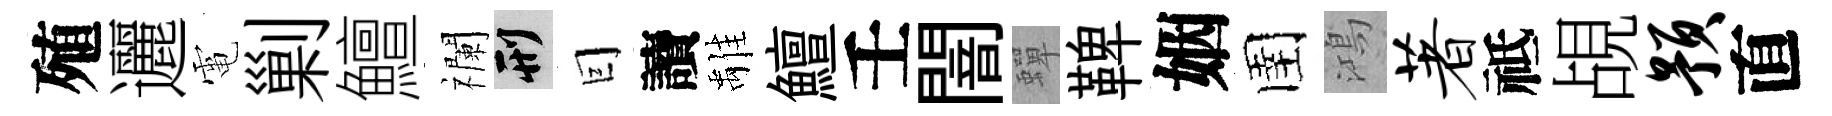
殖邐電剿鱣襴刑囙讀𩀌鱣壬闇蟬鞞姻圉鴻著祗覘预直